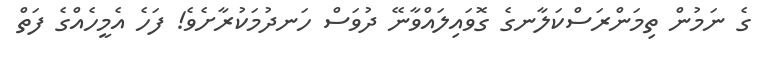
ގެ ނަމުން ތިމަންރަސްކަލާނގެ ގޮވައިލައްވާނޭ ދުވަސް ހަނދުމަކުރާށެވެ! ފަހެ އެމީހެއްގެ ފަތް